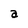
Character: a